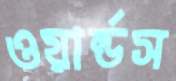
ওয়ার্ল্ডস